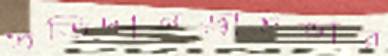
প্রতিদানড্রাইভার